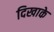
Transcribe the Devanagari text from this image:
दिखाके